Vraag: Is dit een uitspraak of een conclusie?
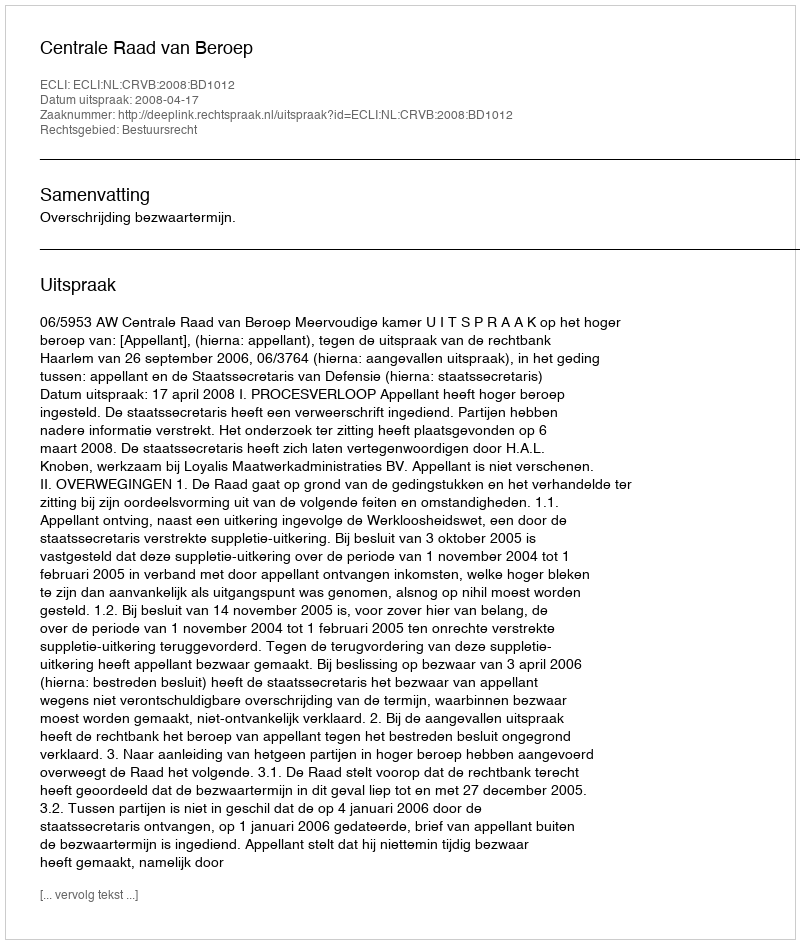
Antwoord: Uitspraak